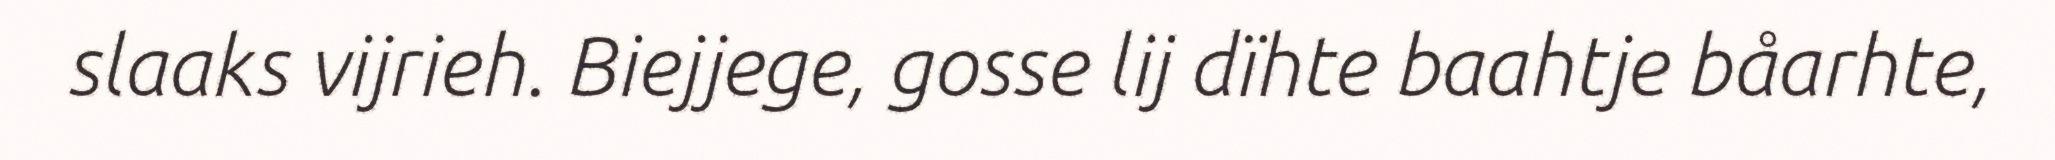
slaaks vijrieh. Biejjege, gosse lij dïhte baahtje båarhte,